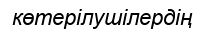
көтерілушілердің